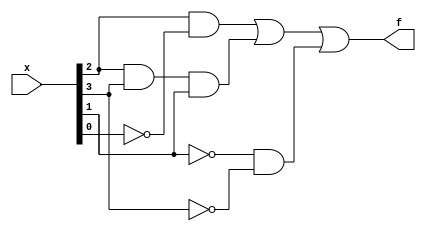
/* Consider the function f shown in the Karnaugh map below. Implement this function.

(The original exam question asked for simplified SOP and POS forms of the function.) */

module top_module (
    input [4:1] x,
    output f
); 
    assign f=(x[3]&~x[1])|(x[3]&x[4]&x[2])|(~x[2]&~x[4]);

endmodule